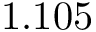
1 . 1 0 5